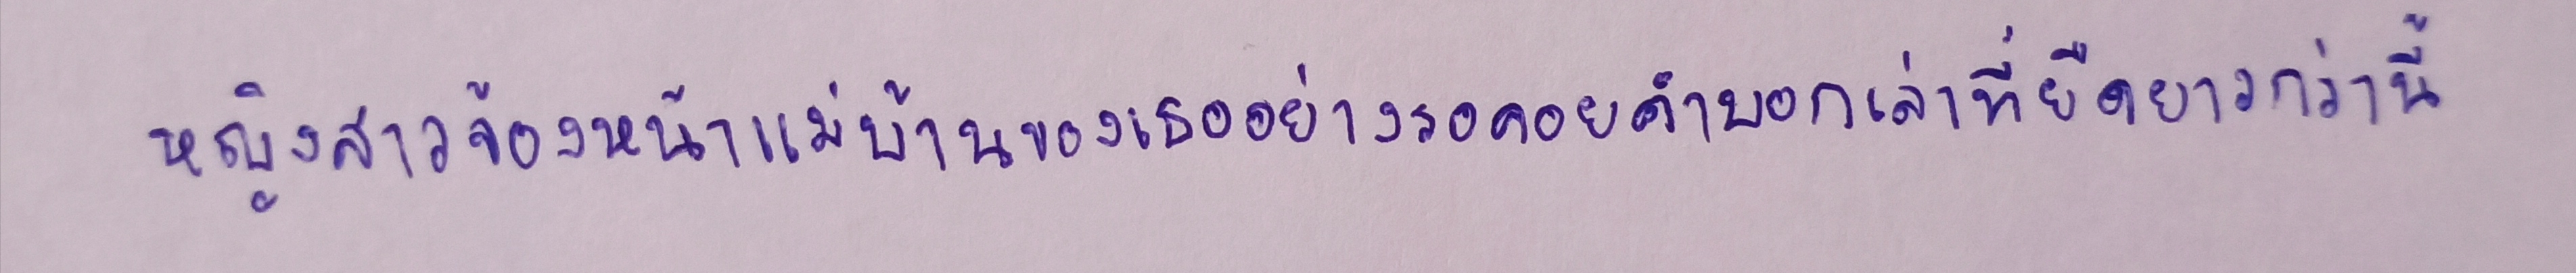
หญิงสาวจ้องหน้าแม่บ้านของเธออย่างรอคอยคำบอกเล่าที่ยืดยาวกว่านี้